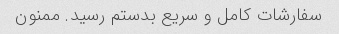
سفارشات کامل و سریع بدستم رسید. ممنون